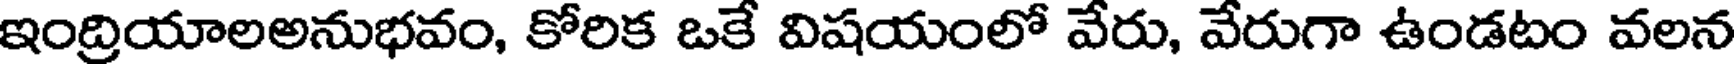
ఇంద్రియాలఅనుభవం, కోరిక ఒకే విషయంలో వేరు, వేరుగా ఉండటం వలన